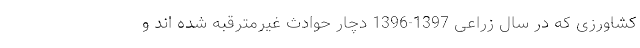
کشاورزی که در سال زراعی 1397-1396 دچار حوادث غیرمترقبه شده اند و